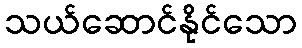
သယ်ဆောင်နိုင်သော